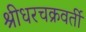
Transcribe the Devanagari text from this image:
श्रीधरचक्रवर्ती